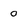
Character: 0